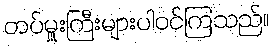
တပ်မှူးကြီးများပါဝင်ကြသည်။